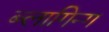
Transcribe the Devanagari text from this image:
ब्लागिन्ग